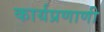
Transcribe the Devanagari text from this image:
कार्यप्रणाणी